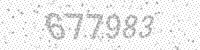
Solution: 677983